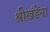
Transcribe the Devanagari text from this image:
श्रीखंडेंना